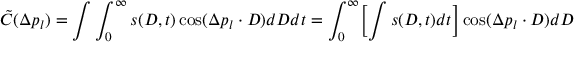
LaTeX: \tilde { C } ( \Delta p _ { l } ) = \int \int _ { 0 } ^ { \infty } s ( D , t ) \cos ( \Delta p _ { l } \cdot D ) d D d t = \int _ { 0 } ^ { \infty } \biggl \lbrack \int s ( D , t ) d t \biggr \rbrack \cos ( \Delta p _ { l } \cdot D ) d D